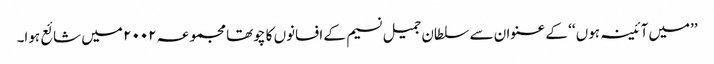
’’میں آئینہ ہوں ‘‘ کے عنوان سے سلطان جمیل نسیم کے افسانوں کا چوتھا مجموعہ ۲۰۰۲ میں شائع ہوا۔